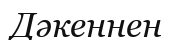
Дәкеннен